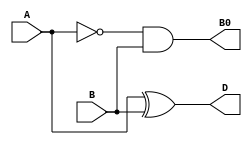
module half_sub(D,B0,A,B);
input A,B;
output D,B0;
wire D,B0;
wire w1;
not(w1,A);
assign D = A^B;
assign B0 = w1 & B;
endmodule